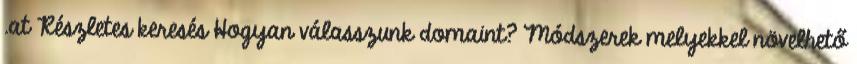
.at Részletes keresés Hogyan válasszunk domaint? Módszerek melyekkel növelhető